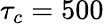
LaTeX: \tau_{c}=500